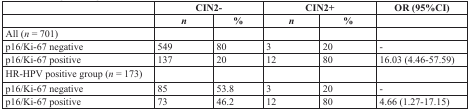
<table><thead><tr><td></td><td colspan="2"><b>CIN2-</b></td><td colspan="2"><b>CIN2+</b></td><td><b>OR (95%CI)</b></td></tr><tr><td></td><td><b><i>n</i></b></td><td><b>%</b></td><td><b><i>n</i></b></td><td><b>%</b></td><td></td></tr></thead><tbody><tr><td>All (<i>n</i> = 701)</td><td></td><td></td><td></td><td></td><td></td></tr><tr><td>p16/Ki-67 negative</td><td>549</td><td>80</td><td>3</td><td>20</td><td>-</td></tr><tr><td>p16/Ki-67 positive</td><td>137</td><td>20</td><td>12</td><td>80</td><td>16.03 (4.46-57.59)</td></tr><tr><td>HR-HPV positive group (<i>n</i> = 173)</td><td></td><td></td><td></td><td></td><td></td></tr><tr><td>p16/Ki-67 negative</td><td>85</td><td>53.8</td><td>3</td><td>20</td><td>-</td></tr><tr><td>p16/Ki-67 positive</td><td>73</td><td>46.2</td><td>12</td><td>80</td><td>4.66 (1.27-17.15)</td></tr></tbody></table>